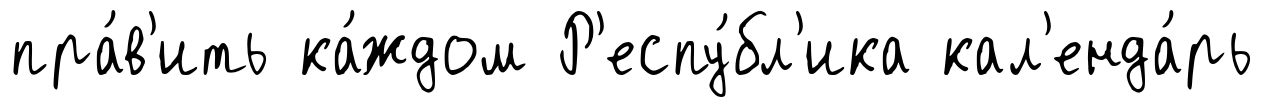
пра́в'ить ка́ждом Р'еспу́бл'ика кал'енда́рь